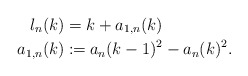
\begin{align*} l_n(k)&=k+a_{1,n}(k)\\ a_{1,n}(k)&\coloneqq a_n(k-1)^2-a_n(k)^2.\end{align*}